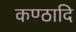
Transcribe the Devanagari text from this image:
कण्ठादि